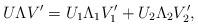
LaTeX: \begin{align*}U\Lambda V' = U_1 \Lambda_1V_1' + U_2 \Lambda_2V_2', \end{align*}